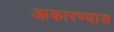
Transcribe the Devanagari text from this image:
आकारण्यास